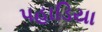
પહાડિયા